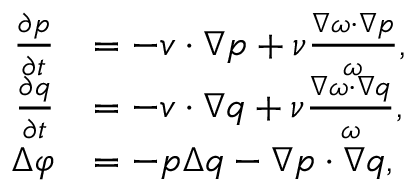
\begin{array} { r l } { \frac { \partial p } { \partial t } } & { = - \boldsymbol { v } \cdot \nabla p + \nu \frac { \nabla \omega \cdot \nabla p } { \omega } , } \\ { \frac { \partial q } { \partial t } } & { = - \boldsymbol { v } \cdot \nabla q + \nu \frac { \nabla \omega \cdot \nabla q } { \omega } , } \\ { \Delta \varphi } & { = - p \Delta q - \nabla p \cdot \nabla q , } \end{array}